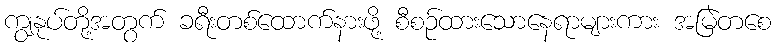
ကျွနုပ်တို့အတွက် ခရီးတစ်ထောက်နားဖို့ စီစဉ်ထားသောနေရာများကား အမြဲတစေ